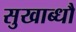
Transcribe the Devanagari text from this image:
सुखाब्धौ